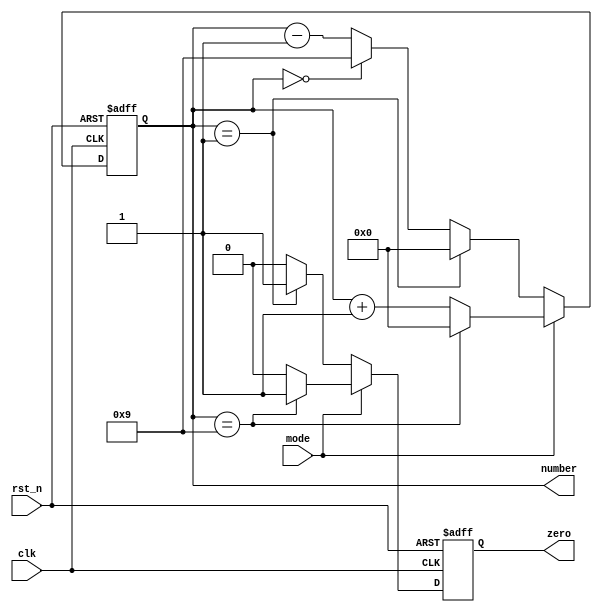
module sc2(
	input clk,
	input rst_n,
	input mode,
	output reg [3:0]number=0,
	output reg zero=0
	);
always@(posedge clk,negedge rst_n) begin
	if (!rst_n) begin
		number<=0;
		zero<=0;
	end
	else if(mode) begin
		if (number==9) begin
			number<=0;
			zero<=1;
		end
		else begin
			number<=number+1;
			zero<=0;
		end
	end
	else if(!mode) begin
		if (number==1) begin
			number<=0;
			zero<=1;
		end
		else if(number==0) begin
			number<=9;
			zero<=0;
		end
		else begin
			number<=number-1;
			zero<=0;
		end
	end
end
endmodule